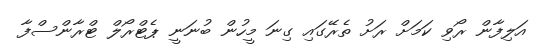
އަލިފާން ރޯވި ކަމަށް ރަށު ތެރޭގައި ގިނަ މީހުން ބުނަނީ ޕެޓްރޯލް ޓްރާންސްފާ